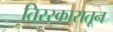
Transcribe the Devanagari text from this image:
तिरस्कारातून